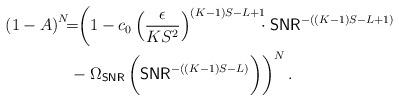
LaTeX: \begin{align*}\left(1-A\right)^{N}& \!\!\! = \!\! \bigg( 1- c_0 \left(\frac{\epsilon}{KS^2}\right)^{(K-1)S-L+1} \!\!\! \cdot\mathsf{SNR}^{-((K-1)S-L+1)} \\ & -\Omega_{\textsf{SNR}}\left(\mathsf{SNR}^{-((K-1)S-L)}\bigg)\right)^{N}.\end{align*}